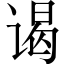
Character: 谒